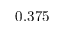
0 . 3 7 5